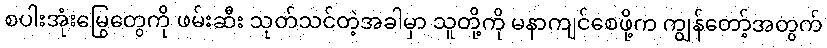
စပါးအုံးမြွေတွေကို ဖမ်းဆီး သုတ်သင်တဲ့အခါမှာ သူတို့ကို မနာကျင်စေဖို့က ကျွန်တော့်အတွက်